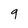
Character: 9